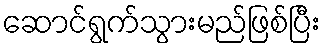
ဆောင်ရွက်သွားမည်ဖြစ်ပြီး